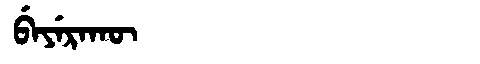
Manchu: ᠪᡝᠶᡝᡵᠠᡴᡡ
Romanization: BEYERAKŪ